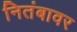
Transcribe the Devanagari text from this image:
नितंबावर